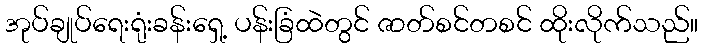
အုပ်ချုပ်ရေးရုံးခန်းရှေ့ ပန်းခြံထဲတွင် ဇာတ်စင်တစင် ထိုးလိုက်သည်။